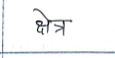
मजकूर: क्षेत्र